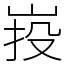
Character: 𡷠